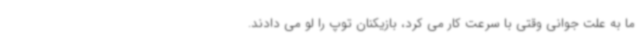
ما به علت جوانی وقتی با سرعت کار می کرد، بازیکنان توپ را لو می دادند.